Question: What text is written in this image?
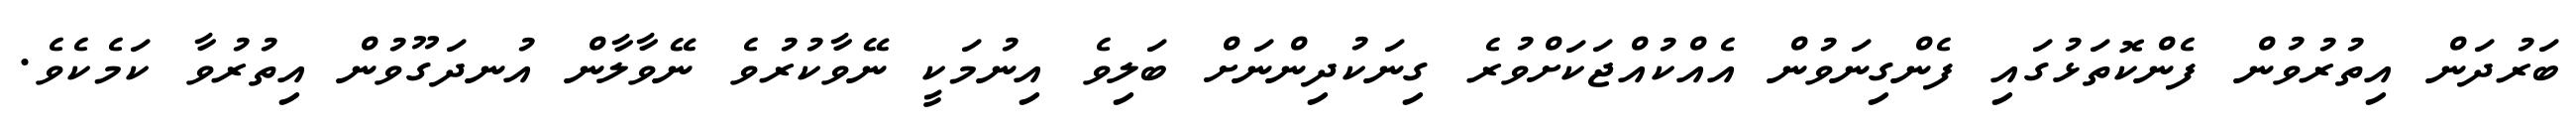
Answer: ބަރުދަން އިތުރުވުން ފެންކޮތަޅުގައި ފެންގިނަވުން އެއްކުއްޖަކަށްވުރެ ގިނަކުދިންނަށް ބަލިވެ އިނުމަކީ ނޭވާކުރުވެ ނޭވާލާން އުނދަގޫވުން އިތުރުވާ ކަމެކެވެ.